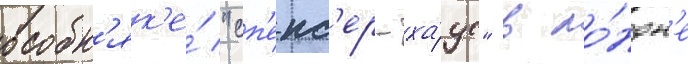
особн'як'е́ "сп'енс'ер-ха́ус" в ло́ндон'е